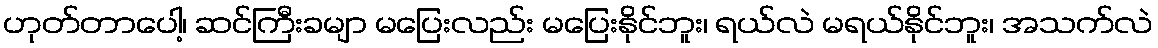
ဟုတ်တာပေါ့၊ ဆင်ကြီးခမျာ မပြေးလည်း မပြေးနိုင်ဘူး၊ ရယ်လဲ မရယ်နိုင်ဘူး၊ အသက်လဲ